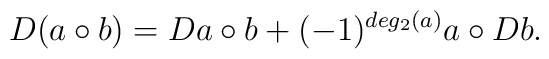
D(a\circ b)=Da\circ b+(-1)^{deg_2(a)}a\circ Db.